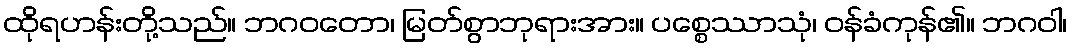
ထိုရဟန်းတို့သည်။ ဘဂဝတော၊ မြတ်စွာဘုရားအား။ ပစ္စေဿာသုံ၊ ဝန်ခံကုန်၏။ ဘဂဝါ၊